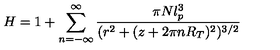
H = 1 + \sum _ { n = - \infty } ^ { \infty } \frac { \pi N l _ { p } ^ { 3 } } { ( r ^ { 2 } + ( z + 2 \pi n R _ { T } ) ^ { 2 } ) ^ { 3 / 2 } }